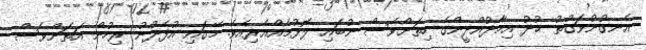
އެނގުނުވަގުތު ޚުދު އިމާދުއްދީންގެ ހިތަށްވެސް ނުބައި ލޮޅުމެއްއެރިއެވެ. މޭގައި އުފެދުނު ރިހުން އަތަށްވެސް